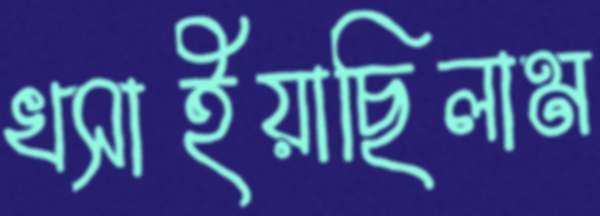
খসাইয়াছিলাম